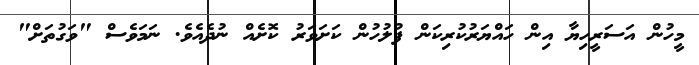
މީހުން އަސަރީހިޔާ އިން ހައްޔަރުކުރިކަން ފުލުހުން ކަށަވަރު ކޮށެއް ނުދެއެވެ. ނަމަވެސް "ވަގުތަށް"